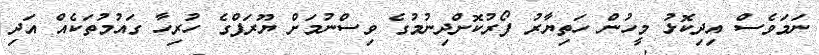
ނަމަވެސް އިދިކޮޅު މީހުން ހަތިޔާރު ފޯރުކޮށްދިނުމުގެ ވިސްނުމަށް ޔޫރަޕްގެ ހުރިހާ ގައުމުތަކެއް އަދި